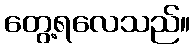
တွေ့ရလေသည်။